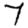
Digit: 7